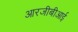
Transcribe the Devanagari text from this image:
आरजीबीआई